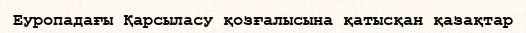
Еуропадағы Қарсыласу қозғалысына қатысқан қазақтар